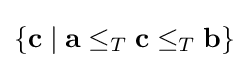
\{\mathbf {c} \mid \mathbf {a} \leq _{T}\mathbf {c} \leq _{T}\mathbf {b} \}